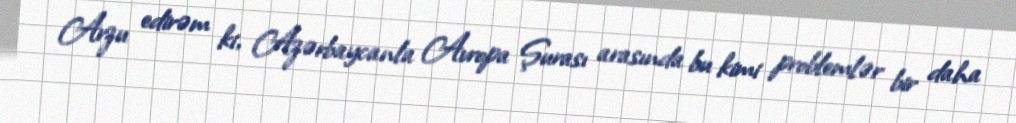
Arzu edirəm ki, Azərbaycanla Avropa Şurası arasında bu kimi problemlər bir daha